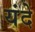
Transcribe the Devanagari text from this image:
यंदे